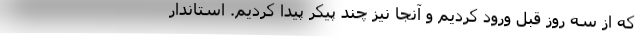
که از سه روز قبل ورود کردیم و آنجا نیز چند پیکر پیدا کردیم. استاندار